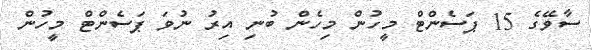
ސާވޭގެ 15 ޕަސެންޓް މީހުން މިހެން ބުނި އިރު ނުވަ ޕަސެންޓް މީހުން